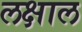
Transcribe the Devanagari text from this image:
लक्षाल